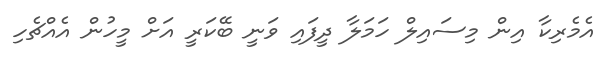
އެމެރިކާ އިން މިސައިލް ހަމަލާ ދީފައި ވަނީ ބޭކަރީ އަށް މީހުން އެއްޗެހި